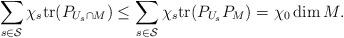
LaTeX: \begin{align*} \sum_{s \in \mathcal S}\chi_s {\rm{tr}}(P_{U_s\cap M})\leq\sum_{s \in \mathcal S}\chi_s {\rm{tr}}(P_{U_s}P_M)=\chi_0 \dim M.\end{align*}